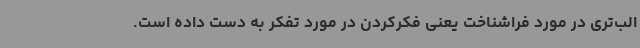
الب‌تری در مورد فراشناخت یعنی فکرکردن در مورد تفکر به دست داده است.